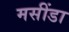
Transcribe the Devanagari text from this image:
मसींडा